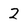
Character: 2